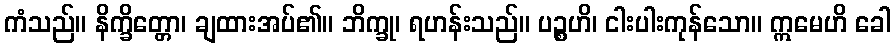
ကံသည်။ နိက္ခိတ္တော၊ ချထားအပ်၏။ ဘိက္ခု၊ ရဟန်းသည်။ ပဉ္စဟိ၊ ငါးပါးကုန်သော။ ဣမေဟိ ခေါ